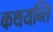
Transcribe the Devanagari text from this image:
कथयन्ति